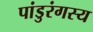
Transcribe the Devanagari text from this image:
पांडुरंगस्य